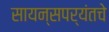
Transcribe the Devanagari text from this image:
सायन्सपर्यंतचे